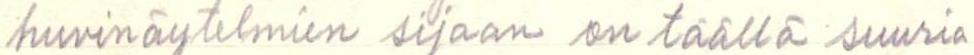
huvinäytelmien sijaan on täällä suuria